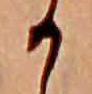
か